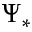
\Psi _ { \ast }